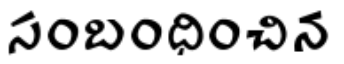
సంబంధించిన